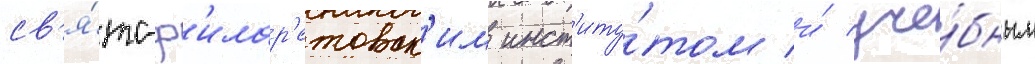
св'я́то-ф'илар'етовск'им инст'иту́том и́ уче́бным